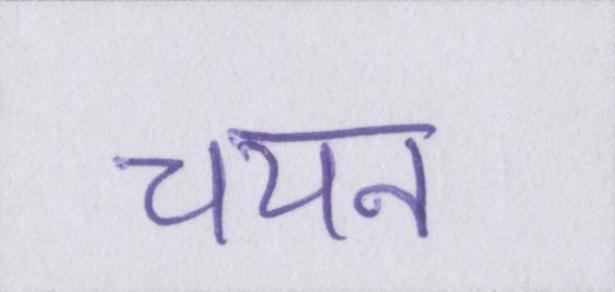
चयन